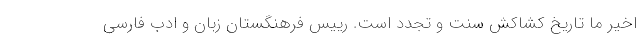
اخیر ما تاریخ کشاکش سنت و تجدد است. رییس فرهنگستان زبان و ادب فارسی